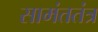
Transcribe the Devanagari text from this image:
सामंततंत्र